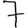
Digit: 7